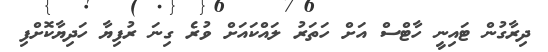
ދިރާގުން ޓައިނީ ހާޓްސް އަށް ހަތަރު ލައްކައަށް ވުރެ ގިނަ ރުފިޔާ ހަދިޔާކޮށްފި